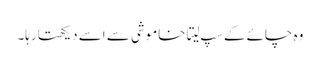
وہ چائے کے سپ لیتا خاموشی سے اسے دیکھتا رہا۔